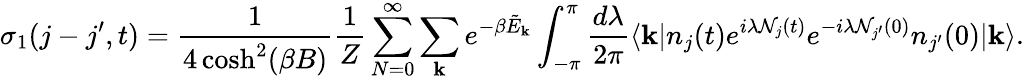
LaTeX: \sigma_{1}(j-j^{\prime},t)=\frac{1}{4\cosh^{2}(\beta B)}\frac{1}{Z}\sum_{N=0}^{\infty}\sum_{\mathbf{k}}e^{-\beta\tilde{E}_{\mathbf{k}}}\int_{-\pi}^{\pi}\frac{d\lambda}{2\pi}\langle\mathbf{k}|n_{j}(t)e^{i\lambda\mathcal{N}_{j}(t)}e^{-i\lambda\mathcal{N}_{j^{\prime}}(0)}n_{j^{\prime}}(0)|\mathbf{k}\rangle.